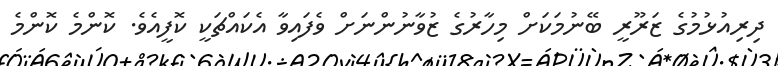
ދިރިއުޅުމުގެ ޒަރޫރީ ބޭނުމަކަށް މިހާރުގެ ޒުވާނުންނަށް ވެފައިވާ އެކައްޗަކީ ކޮފީއެެވެ. ކޮންމެ ކޮންމެ